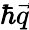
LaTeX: \hbar\vec{q}